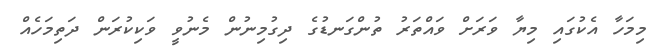
މިމަހާ އެކުގައި މިޔާ ވަރަށް ވައްތަރު ތުންގަނޑުގެ ދިގުމިނުން މެނުވީ ވަކިކުރަން ދަތިމަހެއް